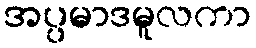
အပ္ပမာဒမူလကာ